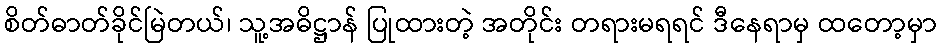
စိတ်ဓာတ်ခိုင်မြဲတယ်၊ သူ့အဓိဋ္ဌာန် ပြုထားတဲ့ အတိုင်း တရားမရရင် ဒီနေရာမှ ထတော့မှာ